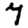
Digit: 7